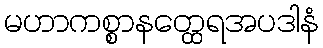
မဟာကစ္စာနတ္ထေရအပဒါနံ